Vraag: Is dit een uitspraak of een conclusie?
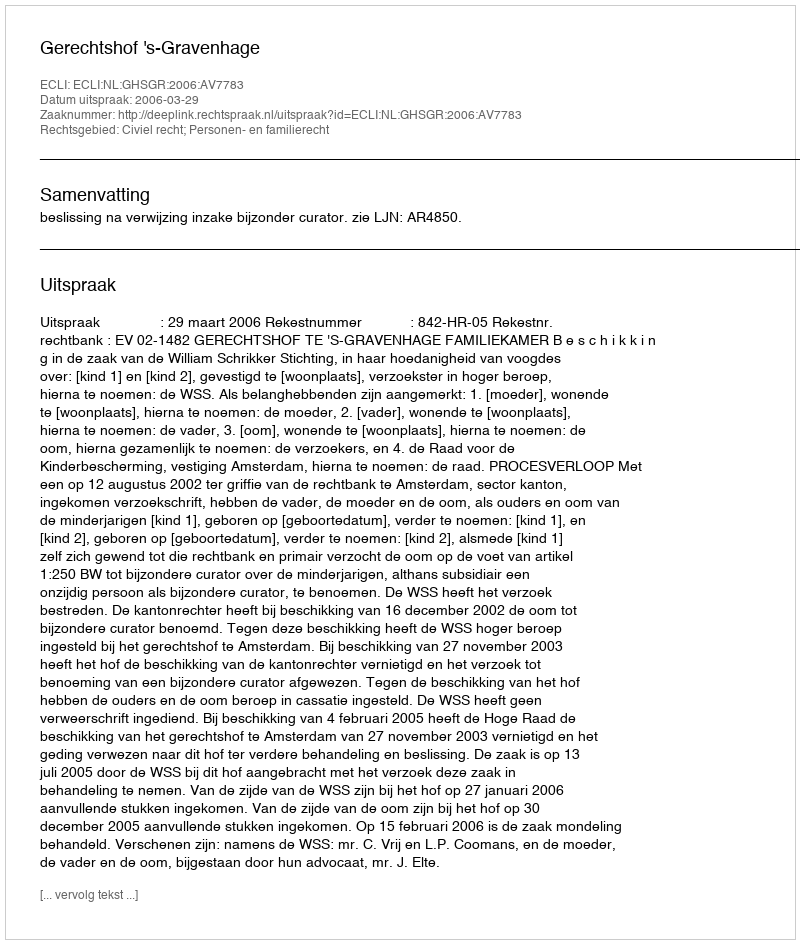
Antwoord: Uitspraak